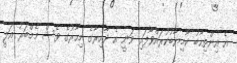
އެ އިންތިހާބު ކާމިޔާބުކުރައްވާފައި ވަނީ އެ ދާއިރާގެ މިހާރުގެ ވެސް މެމްބަރު އަލީ